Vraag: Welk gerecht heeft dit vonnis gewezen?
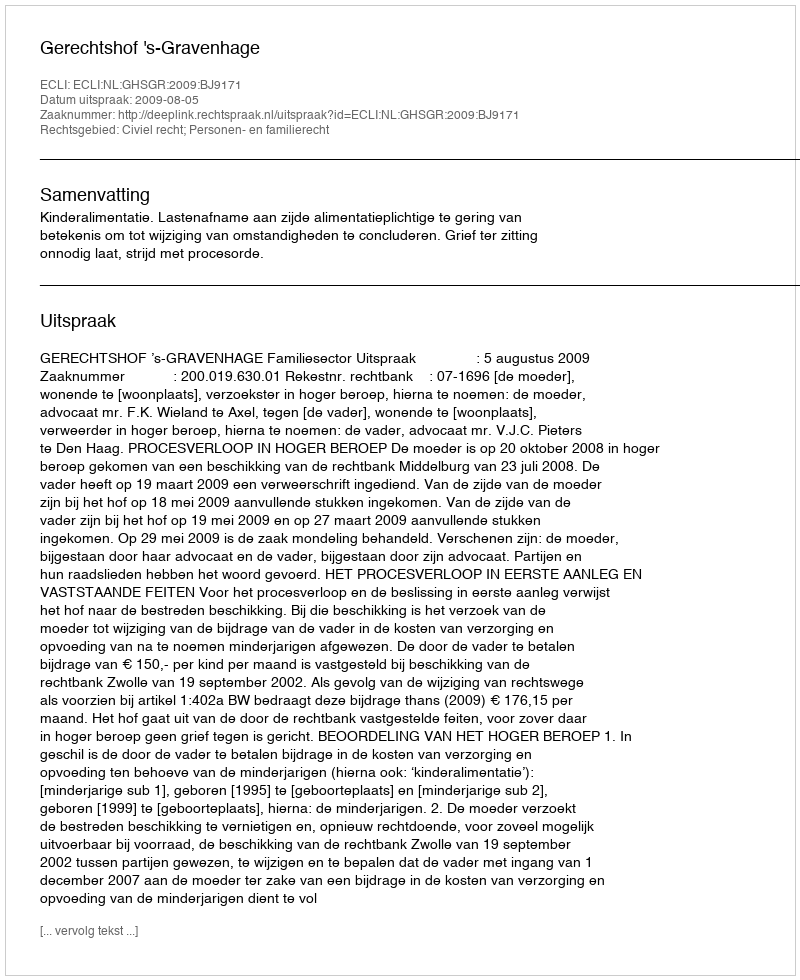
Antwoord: Gerechtshof 's-Gravenhage